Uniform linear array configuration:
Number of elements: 32
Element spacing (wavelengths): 0.5
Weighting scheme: kaiser
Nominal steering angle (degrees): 30
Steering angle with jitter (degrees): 30.718
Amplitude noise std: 0.05
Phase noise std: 0.05

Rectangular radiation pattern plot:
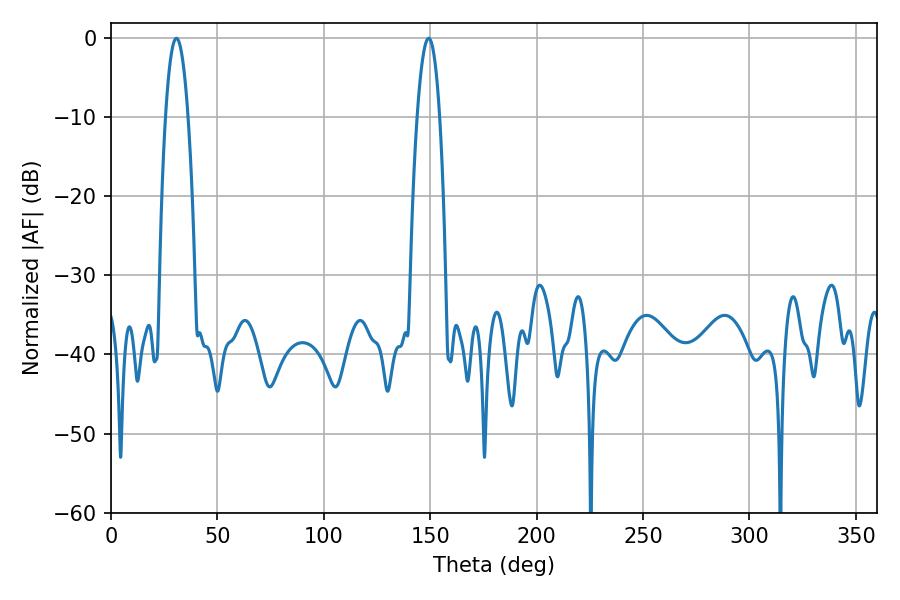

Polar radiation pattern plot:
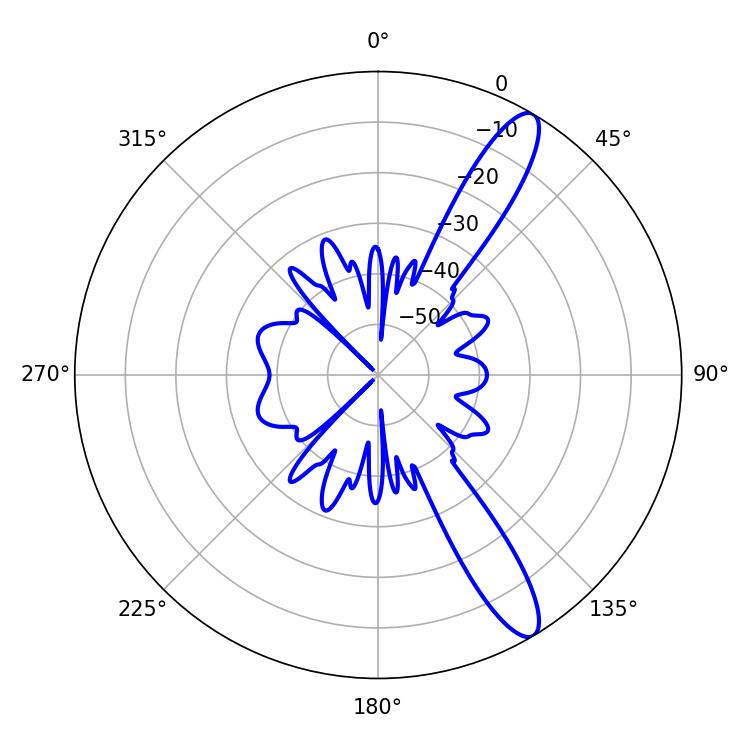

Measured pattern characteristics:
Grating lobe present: FALSE
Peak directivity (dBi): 12.502
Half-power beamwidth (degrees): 5.76
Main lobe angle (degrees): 30.78